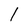
Character: 1